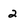
Character: 2